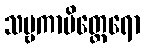
သဗ္ဗကာမိတ္ထေရော